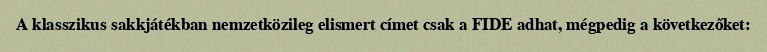
A klasszikus sakkjátékban nemzetközileg elismert címet csak a FIDE adhat, mégpedig a következőket: